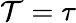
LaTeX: \mathcal{T}=\tau